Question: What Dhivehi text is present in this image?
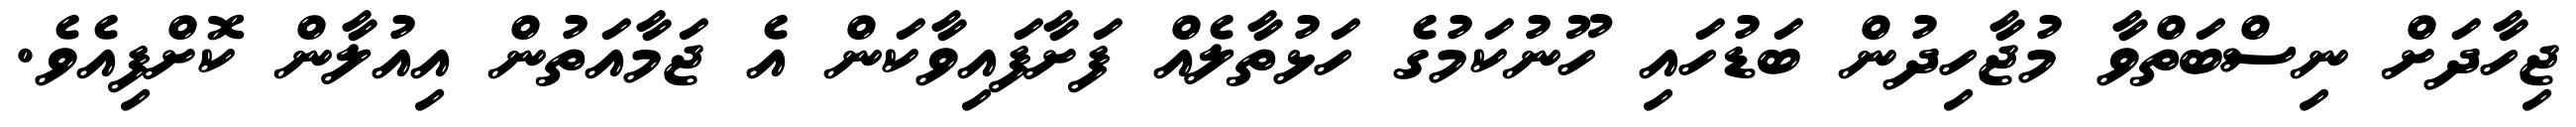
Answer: ޖިހާދަށް ނިސްބަތްވާ މުޖާހިދުން ބަޑުހައި ހޫނުކަމުގެ ހަޅުތާލެއް ފަށާފައިވާކަން އެ ޖަމާއަތުން އިއުލާން ކޮށްފިއެވެ.